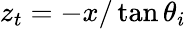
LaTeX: z_{t}=-x/\tan\theta_{i}